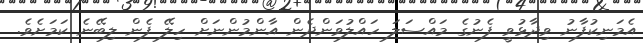
އެމަނިކުފާނު ވިދާޅުވީ ފެނުގެ މައްސަލަ ހައްލުވަންދެން އާންމުންނަށް ހިލޭ ފެން ލިބޭނެ ކަމަށެވެ.